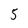
Character: 5